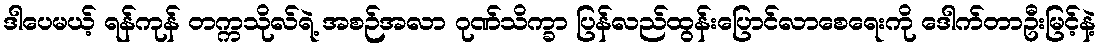
ဒါပေမယ့် ရန်ကုန် တက္ကသိုလ်ရဲ့ အစဉ်အလာ ဂုဏ်သိက္ခာ ပြန်လည်ထွန်းပြောင်လာစေရေးကို ဒေါက်တာဦးမြင့်နဲ့